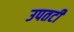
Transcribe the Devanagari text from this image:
उपतटी